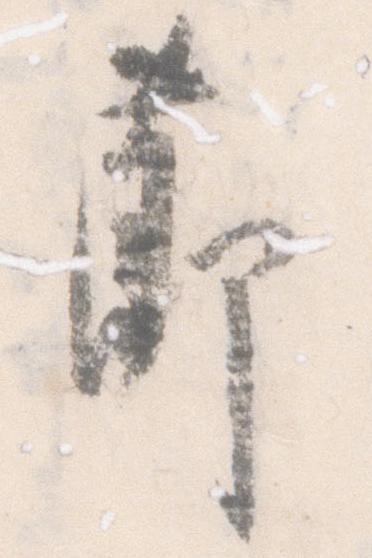
節